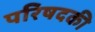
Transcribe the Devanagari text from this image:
परिषदकी